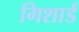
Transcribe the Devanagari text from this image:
गिशार्ड